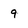
Character: 9